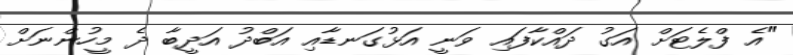
"އެ ފްލެޓަށް އަގު ދައްކާފައި ވަނީ އަޅުގަނޑާއި އަބްދު އަދީބާ ދެ މީހުންނަށް